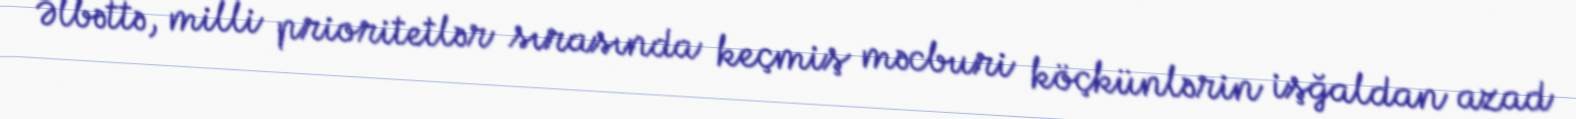
Əlbəttə, milli prioritetlər sırasında keçmiş məcburi köçkünlərin işğaldan azad